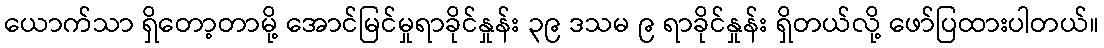
ယောက်သာ ရှိတော့တာမို့ အောင်မြင်မှုရာခိုင်နှုန်း ၃၉ ဒသမ ၉ ရာခိုင်နှုန်း ရှိတယ်လို့ ဖော်ပြထားပါတယ်။